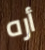
أره